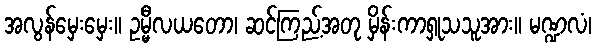
အလွန်မှေးမှေး။ ဥမ္မီလယတော၊ ဆင်ကြည့်အတု မှိန်းကာရှုသသူအား။ မဏ္ဍလံ၊